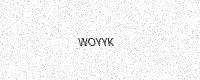
Text: WOYYK